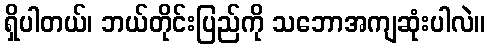
ရှိပါတယ်၊ ဘယ်တိုင်းပြည်ကို သဘောအကျဆုံးပါလဲ။